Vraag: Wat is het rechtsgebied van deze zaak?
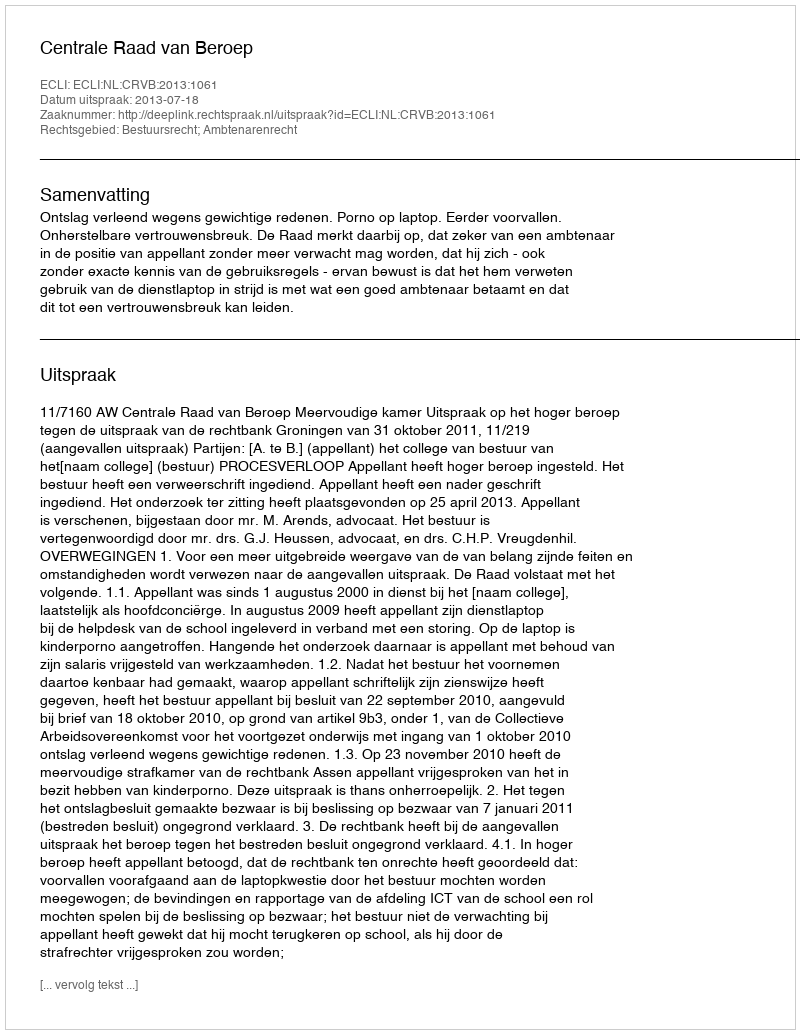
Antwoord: Bestuursrecht; Ambtenarenrecht